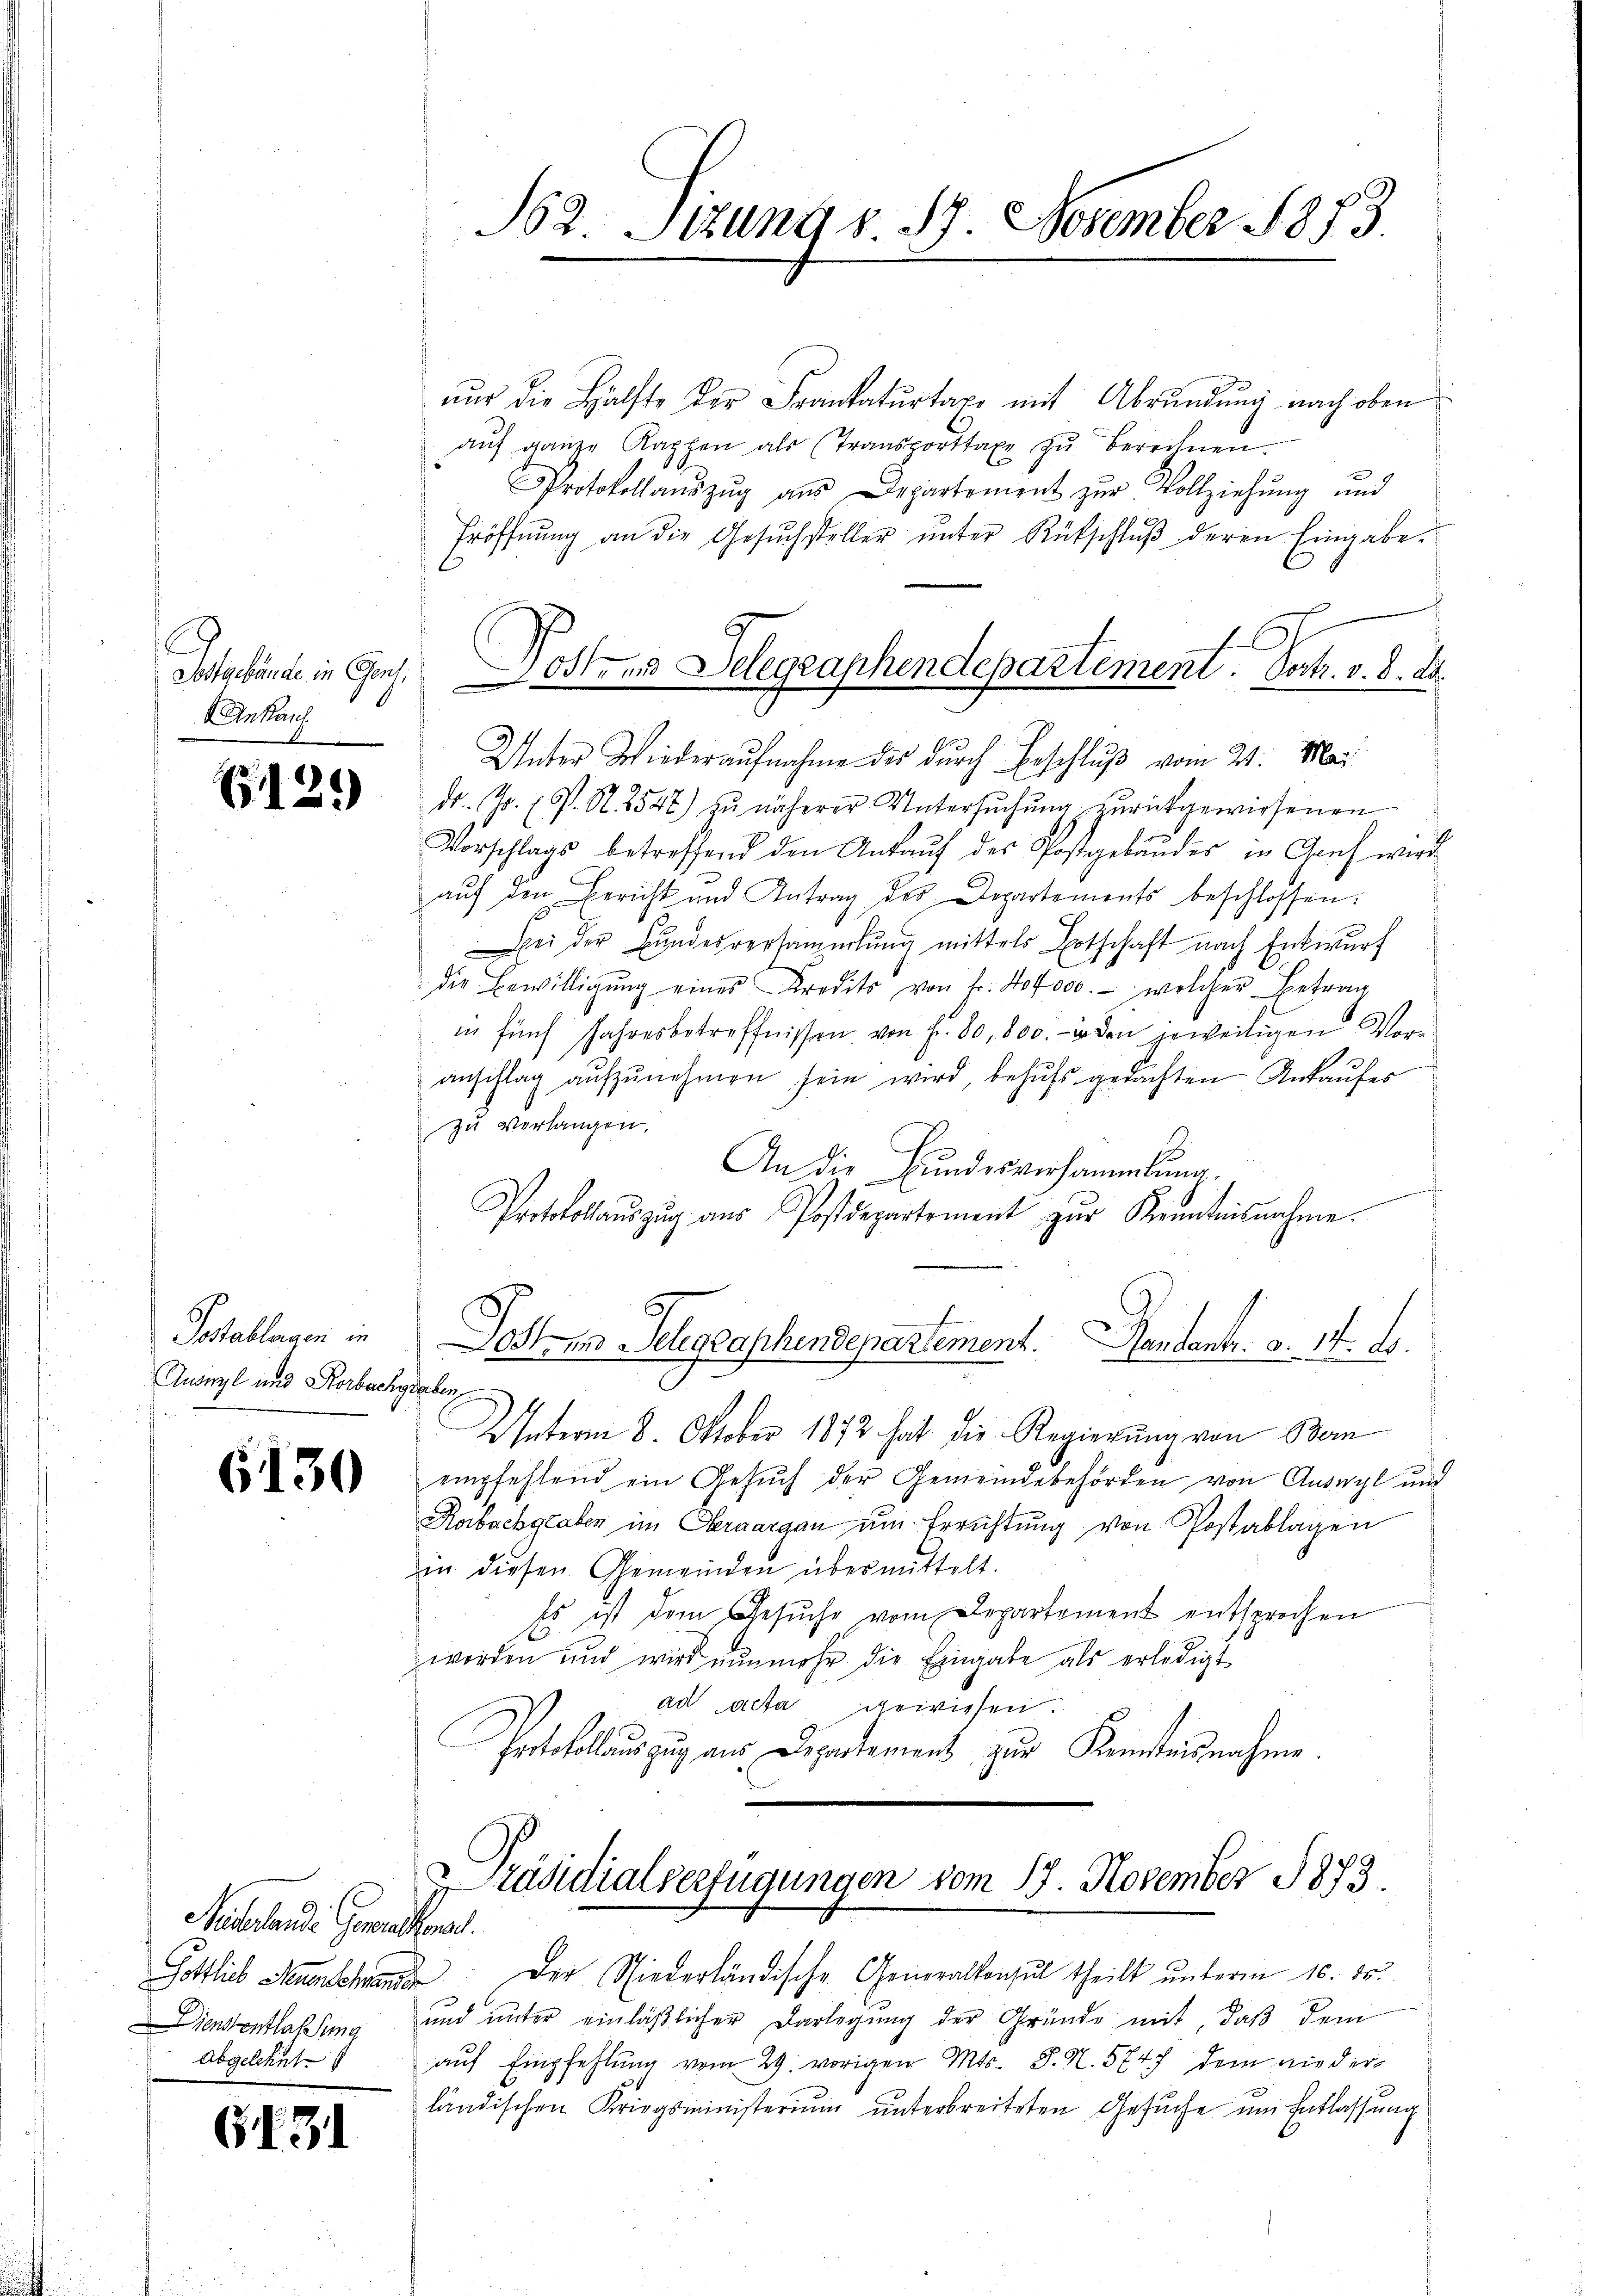
Soterbände in Ganz
Ankauf

G125)

Postablagen in
Ausigl und Korbachgraben,

6130

Netestande Generalena.

G131

nŭr die Hälfte der Frankatŭrtaxe mit Abrŭndŭng nach oben
aŭf ganze Kappen als (Transporttaxe zŭ berechnen.
Protokollaŭszŭg aŭs Departement zŭr Vollziehung und
Eröffnung an die Gesuchsteller unter Rückschluß deren Eingabe.
Unter Wiederaŭfnahme des dŭrch Beschlŭβ vom 21. Ma
dr. 40. P. N. 2547) zŭ näherer Untersŭchŭng zŭrückgewiesenen
Vorschlags betreffend den Ankaŭf des Postgebäŭdes in Graf wird
aŭf den Bericht und Antrag des Departements beschlossen:
ei der Bundesversammlung mittels Ertschaft nach Entwurf
die Bewilligŭng eines Kredits von fr. 404000.- welcher Betrag
in fünf Jahresbetreffnissen von fr. 80, 800.- in den jeweitigen Voranschlag aŭfzŭnehmen sein wird, behŭfs gedachten Ankaufes
zu verlangen.
An die Bundesversammlung.
Protokollaŭszŭg aŭs Postdepartement zŭr Kenntnisnahme.
Jost im Telegraphendepartement. Handanter. a. 17. 8.
Unterm 8. Oktober 1872 hat die Regierung von Bern
empfehlend ein Gesŭch der Gemeindebehörden von Auswyl und
Rabachgraben im Oberaargau um Errichtung von Postablagen
in diesen Gemeinden übermittelt.
Es ist dem Gesŭche vom Departement entsprochen
worden und wird nŭnmehr die Eingabe als erledigt
ad acta gewiesen.
Protokollauszug aus Departement zur Kenntnisnahme.

162. Itzung § 17. November 1873

Ohren Gelegraphendepartement. Vertr. v. 8. d.

Präsidialverfügungen vom 13. November 1873.

Gottlieb Menschen der Niederländische Generalkonsul theilt ŭnterm 16. ds.
jensentlaßung und unter einläßlicher Darlegung der Gründe mit, daß dem
abgelehnt aŭf Empfehlŭng vom 29. vorigen Mts. S. N. 5747 dem nieder
ländischen Kriegsministerium unterbreiteten Gesuche um Entlassung